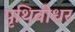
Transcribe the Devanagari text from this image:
पृथिवीधर